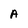
Character: A